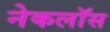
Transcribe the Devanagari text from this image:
नेकलॉस